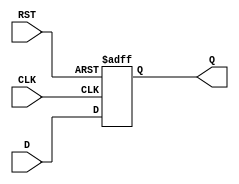
module d_flip_flop_with_reset(
    input wire D, CLK, RST,
    output reg Q
);

always @(posedge CLK or posedge RST) begin
    if (RST) begin
        Q <= 1'b0;
    end else begin
        Q <= D;
    end
end

endmodule